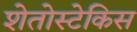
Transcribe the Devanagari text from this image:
शेतोस्टेकिस